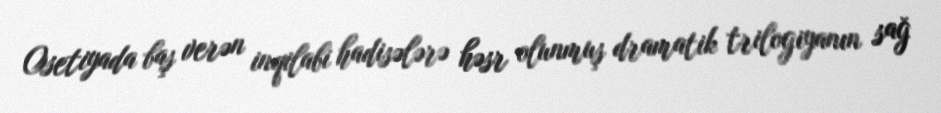
Osetiyada baş verən inqilabi hadisələrə həsr olunmuş dramatik trilogiyanın sağ